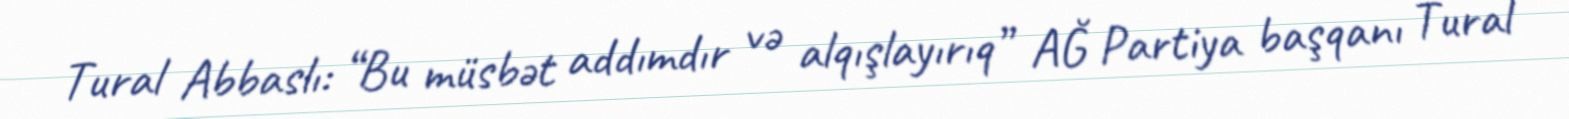
Tural Abbaslı: “Bu müsbət addımdır və alqışlayırıq” AĞ Partiya başqanı Tural